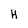
Character: H